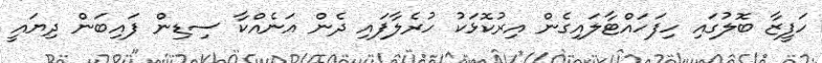
ހަފީޒާ ބޮލުގައި ހިފަހައްޓާލައިގެން އިރުކޮޅަކު ހުރެލާފައި ދެން އަނެއްކާ ސިޑިން ފައިބަން ދިޔައީ